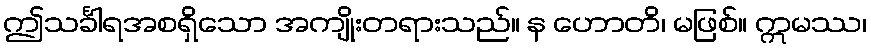
ဤသင်္ခါရအစရှိသော အကျိုးတရားသည်။ န ဟောတိ၊ မဖြစ်။ ဣမဿ၊